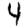
Digit: 4